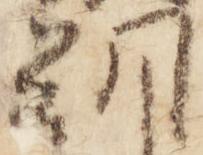
朝